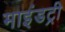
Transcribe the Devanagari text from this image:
माइंडट्री